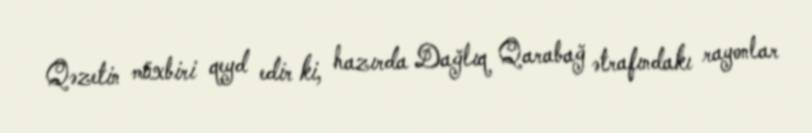
Qəzetin müxbiri qeyd edir ki, hazırda Dağlıq Qarabağ ətrafındakı rayonlar